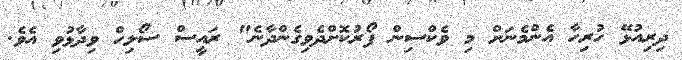
ދިރިއުޅޭ ހުރިހާ އެންމެނަށް މި ވެކްސިން ފޯރުކޮށްދެވިގެންދާނެ" ރައީސް ސޯލިހް ވިދާޅުވި އެވެ.